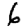
Digit: 6